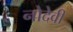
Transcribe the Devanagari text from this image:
नोदेवी